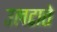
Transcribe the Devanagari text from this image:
उलटाते